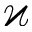
\varkappa